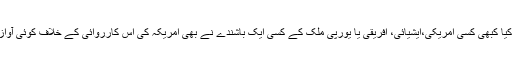
....لیکن کیا کبھی کسی امریکی،ایشیائی، افریقی یا یورپی ملک کے کسی ایک باشندے نے بھی امریکہ کی اس کارروائی کے خلاف کوئی آواز بلندکی؟